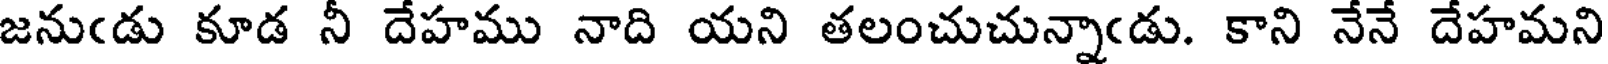
జనుఁడు కూడ నీ దేహము నాది యని తలంచుచున్నాఁడు. కాని నేనే దేహమని